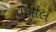
પખાલ